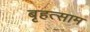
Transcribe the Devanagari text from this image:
बृहत्साम